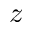
z